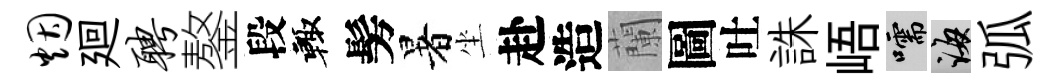
烟廻聘鏊段輙髣暑坐赴造蘭圖吐誅峿嚅誨弧